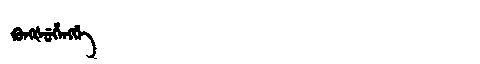
Manchu: ᡴᡠᠩᡧᡠᡥᡝᠩᡤᡝ
Romanization: KUNGŠUHENGGE